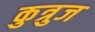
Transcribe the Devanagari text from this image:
कुत्रुज